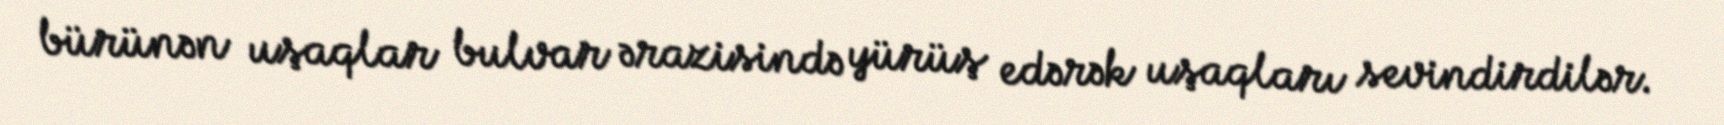
bürünən uşaqlar bulvar ərazisində yürüş edərək uşaqları sevindirdilər.